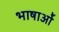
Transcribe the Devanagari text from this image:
भाषाओें